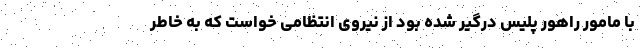
با مامور راهور پلیس درگیر شده بود از نیروی انتظامی خواست که به خاطر